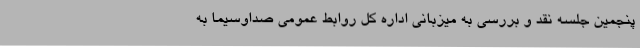
پنجمین جلسه نقد و بررسی به میزبانی اداره کل روابط عمومی صداوسیما به